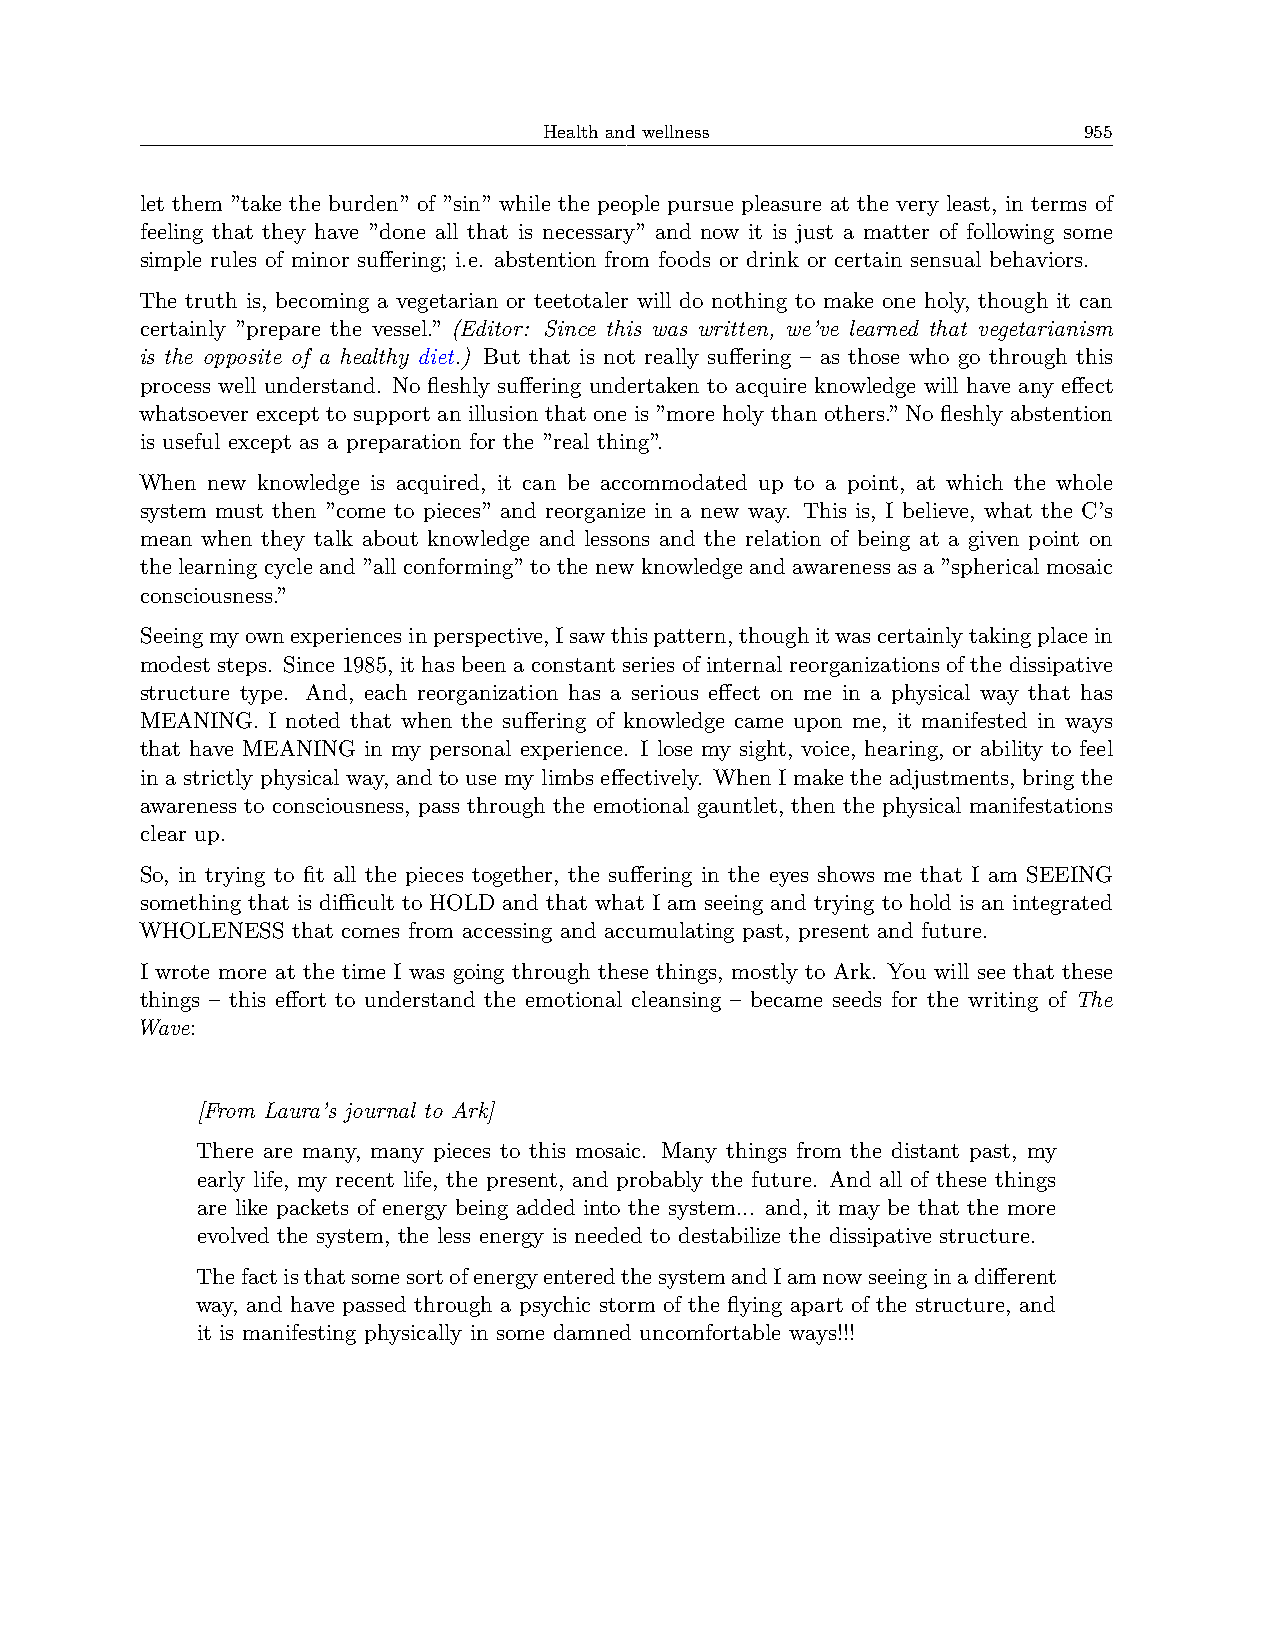
Health and wellness                 955
 let them ”take the burden” of ”sin” while the people pursue pleasure at the very least, in terms of
 feeling that they have ”done all that is necessary” and now it is just a matter of following some
 simple rules of minor suffering; i.e. abstention from foods or drink or certain sensual behaviors.
 The truth is, becoming a vegetarian or teetotaler will do nothing to make one holy, though it can
 certainly ”prepare the vessel.” (Editor: Since this was written, we’ve learned that vegetarianism
 is the opposite of a healthy diet.) But that is not really suffering – as those who go through this
 process well understand. No fleshly suffering undertaken to acquire knowledge will have any effect
 whatsoever except to support an illusion that one is ”more holy than others.” No fleshly abstention
 is useful except as a preparation for the ”real thing”.
 When new knowledge is acquired, it can be accommodated up to a point, at which the whole
 system must then ”come to pieces” and reorganize in a new way. This is, I believe, what the C’s
 mean when they talk about knowledge and lessons and the relation of being at a given point on
 the learning cycle and ”all conforming” to the new knowledge and awareness as a ”spherical mosaic
 consciousness.”
 Seeingmyownexperiencesinperspective,Isawthispattern,thoughitwascertainlytakingplacein
 modest steps. Since 1985, it has been a constant series of internal reorganizations of the dissipative
 structure type. And, each reorganization has a serious effect on me in a physical way that has
 MEANING. I noted that when the suffering of knowledge came upon me, it manifested in ways
 that have MEANING in my personal experience. I lose my sight, voice, hearing, or ability to feel
 in a strictly physical way, and to use my limbs effectively. When I make the adjustments, bring the
 awareness to consciousness, pass through the emotional gauntlet, then the physical manifestations
 clear up.
 So, in trying to fit all the pieces together, the suffering in the eyes shows me that I am SEEING
 something that is diﬀicult to HOLD and that what I am seeing and trying to hold is an integrated
 WHOLENESS that comes from accessing and accumulating past, present and future.
 I wrote more at the time I was going through these things, mostly to Ark. You will see that these
 things – this effort to understand the emotional cleansing – became seeds for the writing of The
 Wave:
 [From Laura’s journal to Ark]
 There are many, many pieces to this mosaic. Many things from the distant past, my
 early life, my recent life, the present, and probably the future. And all of these things
 are like packets of energy being added into the system... and, it may be that the more
 evolved the system, the less energy is needed to destabilize the dissipative structure.
 ThefactisthatsomesortofenergyenteredthesystemandIamnowseeinginadifferent
 way, and have passed through a psychic storm of the flying apart of the structure, and
 it is manifesting physically in some damned uncomfortable ways!!!